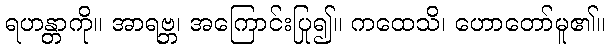
ရဟန္တာကို။ အာရဗ္ဘ၊ အကြောင်းပြု၍။ ကထေသိ၊ ဟောတော်မူ၏။